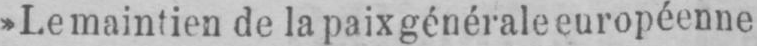
»Le maintien de la paix générale européenne